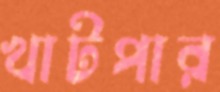
খাটপার